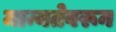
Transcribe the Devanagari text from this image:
मान्यतेवरून